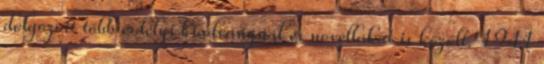
dolgozott több erdélyi kiadványnál és novellákat is közölt. 1941